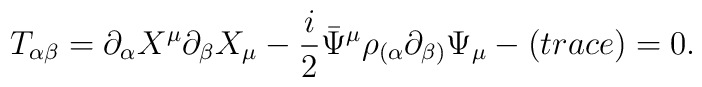
T_{\alpha\beta}=\partial_{\alpha}X^{\mu }\partial_{\beta}X_{\mu }- \frac{i}{2}\bar{\Psi}^{\mu}\rho_{(\alpha}\partial_{\beta )}\Psi_{\mu}-(trace)=0.